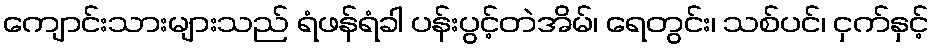
ကျောင်းသားများသည် ရံဖန်ရံခါ ပန်းပွင့်တဲအိမ်၊ ရေတွင်း၊ သစ်ပင်၊ ငှက်နှင့်